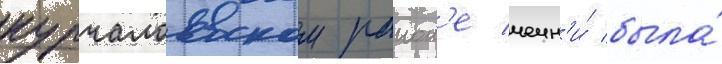
курчалоевском раион'е чечн'и́ была́